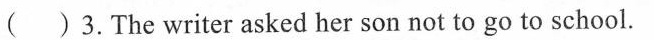
3.The writer asked her son not to go to school.